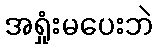
အရှုံးမပေးဘဲ